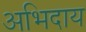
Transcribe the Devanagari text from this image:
अभिदाय